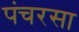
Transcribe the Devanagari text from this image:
पंचरसा